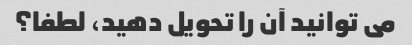
می توانید آن را تحویل دهید، لطفا؟